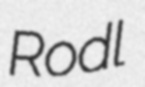
Rodl